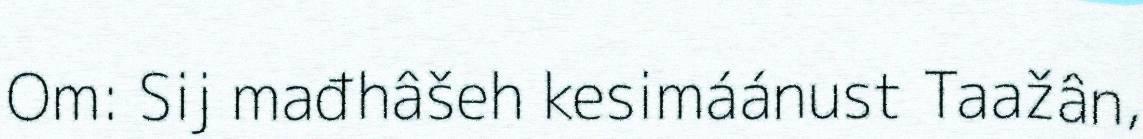
Om: Sij mađhâšeh kesimáánust Taažân,